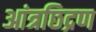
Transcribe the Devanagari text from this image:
आंत्रछिद्रण